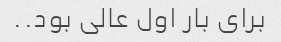
برای بار اول عالی بود..